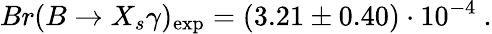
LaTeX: Br(B\to X_{s}\gamma)_{\mathrm{exp}}=(3.21\pm 0.40)\cdot 10^{-4}~.